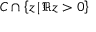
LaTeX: C \cap \left\{ z \, \vert \, \Re z > 0 \right\}